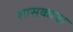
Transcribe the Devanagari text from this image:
शासकाचा